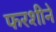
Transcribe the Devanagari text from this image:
फरशीने